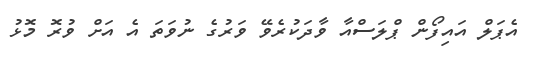
އެޕަލް އައިފޯން ޕްލަސްއާ ވާދަކުރެވޭ ވަރުގެ ނުވަތަ އެ އަށް ވުރޮ މޮޅު